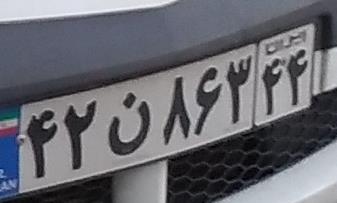
۴۲ن۸۳۶۴۴